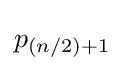
p_{(n/2)+1}